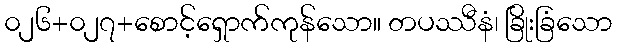
၀၂၆+၀၂၇+စောင့်ရှောက်ကုန်သော။ တပဿီနံ၊ ခြိုးခြံသော